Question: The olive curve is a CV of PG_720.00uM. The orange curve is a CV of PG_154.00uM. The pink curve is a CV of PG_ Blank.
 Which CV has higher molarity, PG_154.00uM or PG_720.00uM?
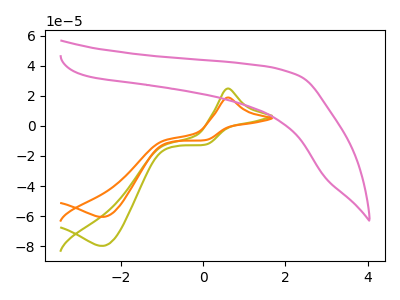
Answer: <think>The olive curve "PG_720.00uM" has an anodic peak at (0.60V, 24.80uA) and a cathodic peak at (-2.45V, -79.70uA). The orange curve "PG_154.00uM" has an anodic peak at (0.60V, 18.80uA) and a cathodic peak at (-2.45V, -60.50uA). The pink curve "PG_ Blank" has no peaks.
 All the peaks in "PG_154.00uM" have a peak in "PG_720.00uM" at the same potential. Every peak in "PG_154.00uM" is lower than every peak in "PG_720.00uM".</think>
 <answer>"PG_154.00uM" has less signal than "PG_720.00uM" and so likely has a lower concentration.</answer>
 <eval>less_concentration</eval>